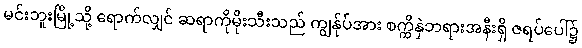
မင်းဘူးမြို့သို့ ရောက်လျှင် ဆရာကိုမိုးသီးသည် ကျွန်ုပ်အား စက္ကိနှဲဘရားအနီးရှိ ဇရပ်ပေါ်၌